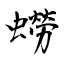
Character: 蟧